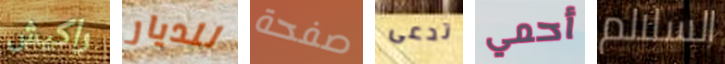
راكيش للديار صفحة تدعى أحمي السلالم